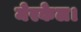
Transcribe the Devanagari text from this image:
मेरकेल।